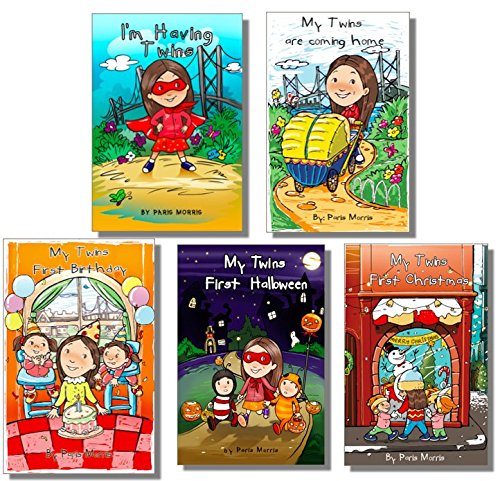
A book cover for My Friend Paris - Twins Series; Paris Morris; Parenting & Relationships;